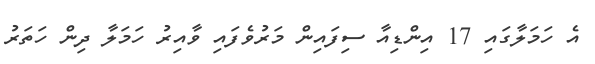
އެ ހަމަލާގައި 17 އިންޑިއާ ސިފައިން މަރުވެފައި ވާއިރު ހަމަލާ ދިން ހަތަރު